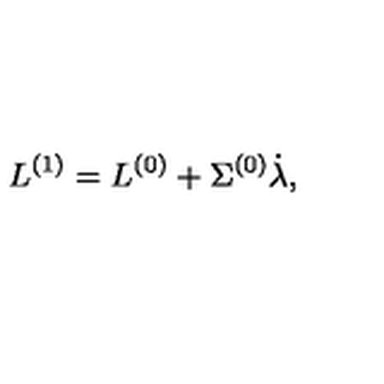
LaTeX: L ^ { ( 1 ) } = L ^ { ( 0 ) } + \Sigma ^ { ( 0 ) } \dot { \lambda } ,